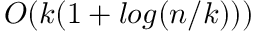
O ( k ( 1 + l o g ( n / k ) ) )